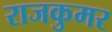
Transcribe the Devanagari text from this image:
राजकुमर